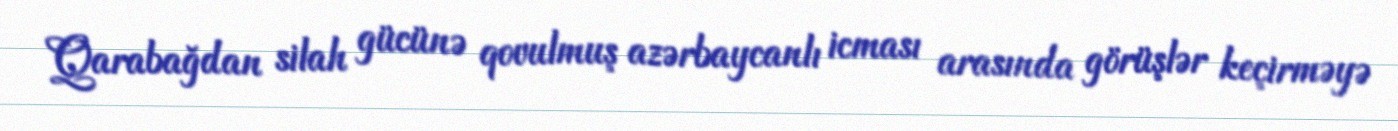
Qarabağdan silah gücünə qovulmuş azərbaycanlı icması arasında görüşlər keçirməyə